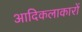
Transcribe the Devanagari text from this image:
आदिकलाकारों